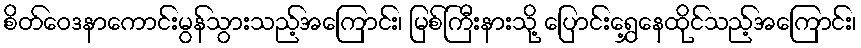
စိတ်ဝေဒနာကောင်းမွန်သွားသည့်အကြောင်း၊ မြစ်ကြီးနားသို့ ပြောင်းရွှေ့နေထိုင်သည့်အကြောင်း၊